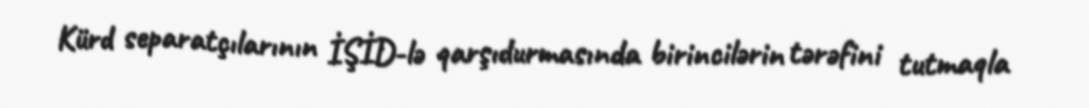
Kürd separatçılarının İŞİD-lə qarşıdurmasında birincilərin tərəfini tutmaqla